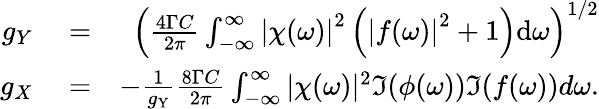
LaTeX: \begin{array}{rlr}{g_{Y}}&{{}=}&{\left(\frac{4\Gamma C}{2\pi}\int_{-\infty}^{\infty}\left|\chi(\omega)\right|^{2}\left(\left|f(\omega)\right|^{2}+1\right)\mathrm{d}\omega\right)^{1/2}}\\ {g_{X}}&{{}=}&{-\frac{1}{g_{\mathrm{Y}}}\frac{8\Gamma C}{2\pi}\int_{-\infty}^{\infty}|\chi(\omega)|^{2}\Im{(\phi(\omega))\Im{(f(\omega))}}d\omega.}\end{array}